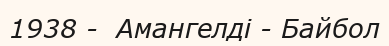
1938 -  Амангелді - Байбол